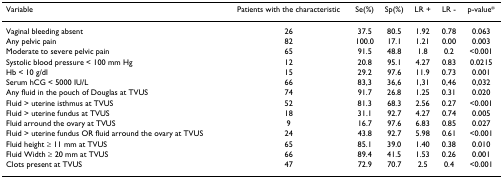
<table><thead><tr><td><b>Variable</b></td><td><b>Patients with the characteristic</b></td><td><b>Se(%)</b></td><td><b>Sp(%)</b></td><td><b>LR +</b></td><td><b>LR -</b></td><td><b>p-value*</b></td></tr></thead><tbody><tr><td>Vaginal bleeding absent</td><td>26</td><td>37.5</td><td>80.5</td><td>1.92</td><td>0.78</td><td>0.063</td></tr><tr><td>Any pelvic pain</td><td>82</td><td>100.0</td><td>17.1</td><td>1.21</td><td>0.00</td><td>0.003</td></tr><tr><td>Moderate to severe pelvic pain</td><td>65</td><td>91.5</td><td>48.8</td><td>1.8</td><td>0.2</td><td>&lt;0.001</td></tr><tr><td>Systolic blood pressure &lt; 100 mm Hg</td><td>12</td><td>20.8</td><td>95.1</td><td>4.27</td><td>0.83</td><td>0.0215</td></tr><tr><td>Hb &lt; 10 g/dl</td><td>15</td><td>29.2</td><td>97.6</td><td>11.9</td><td>0.73</td><td>0.001</td></tr><tr><td>Serum hCG &lt; 5000 IU/L</td><td>66</td><td>83,3</td><td>36,6</td><td>1,31</td><td>0,46</td><td>0,032</td></tr><tr><td>Any fluid in the pouch of Douglas at TVUS</td><td>74</td><td>91.7</td><td>26.8</td><td>1.25</td><td>0.31</td><td>0.020</td></tr><tr><td>Fluid &gt; uterine isthmus at TVUS</td><td>52</td><td>81.3</td><td>68.3</td><td>2.56</td><td>0.27</td><td>&lt;0.001</td></tr><tr><td>Fluid &gt; uterine fundus at TVUS</td><td>18</td><td>31.1</td><td>92.7</td><td>4.27</td><td>0.74</td><td>0.005</td></tr><tr><td>Fluid arround the ovary at TVUS</td><td>9</td><td>16.7</td><td>97.6</td><td>6.83</td><td>0.85</td><td>0.027</td></tr><tr><td>Fluid &gt; uterine fundus OR fluid arround the ovary at TVUS</td><td>24</td><td>43.8</td><td>92.7</td><td>5.98</td><td>0.61</td><td>&lt;0.001</td></tr><tr><td>Fluid height ≥ 11 mm at TVUS</td><td>65</td><td>85.1</td><td>39.0</td><td>1.40</td><td>0.38</td><td>0.010</td></tr><tr><td>Fluid Width ≥ 20 mm at TVUS</td><td>66</td><td>89.4</td><td>41.5</td><td>1.53</td><td>0.26</td><td>0.001</td></tr><tr><td>Clots present at TVUS</td><td>47</td><td>72.9</td><td>70.7</td><td>2.5</td><td>0.4</td><td>&lt;0.001</td></tr></tbody></table>